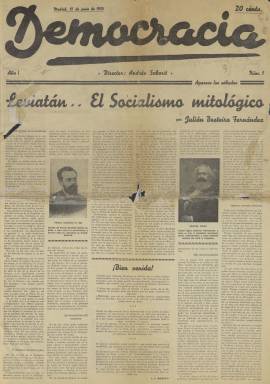
Título: Democracia (Madrid. 1935)
Colección: Periódicos
Ámbito geográfico: Madrid
Lugar de publicación: Madrid
Fechas: 15/06/1935-13/12/1935

Semanario de uno de los tres sectores que ya habían quedado “consolidados” en el seno del Partido Socialista Obrero Español (PSOE) en 1933 (Seoane y Sáiz: 1996). Comienza a publicarse el 15 de junio de 1935, cuando, a casusa de la Revolución de Octubre de 1934, numerosos periódicos habían sido suspendidos por el gobierno radical-cedista presidido por Alejandro Lerroux, en concreto, El Socialista (1886) y, en marzo de ese año 1935, El Pueblo, el diario que lo había sustituido como órgano oficial del partido. Democracia será fundada, editada y dirigida por el diputado socialista Andrés Saborit Colomer (1889-1980), como órgano de la “derecha” del PSOE, “reformista” o “socialdemócrata” –de ahí su título–, liderada por Julián Besteiro Fernández (1870-1940). Frente a esta, el sector de la “izquierda” socialista o “renovadora”, liderada por Francisco Largo Caballero, venía publicando, desde mayo de 1934, la “revista mensual de hechos e ideas” Leviatán, fundada y dirigida por Luis Araquistain (1886-1959), y comenzará a publicar el semanario Claridad un mes después, el 15 de julio de 1935, siendo dirigido por Carlos de Baraibar (1895-1972), y estableciéndose entre las publicaciones de estas dos corrientes socialistas una polémica, que llegará a alcanzar una gran dureza en un momento de “confusión ideológica” (Fernando Ariel del Val: 1978). Ocupando el “centrismo” del partido se encontraba el sector liderado por Indalecio Prieto (1883-1962), propietario y articulista de El Liberal, de Bilbao.

A pesar de que las propias palabras de Saborit señalan que Democracia “no salió para defender a Besteiro –no lo hubiera tolerado él– ni para combatir a ningún hombre del Partido… se publicó para defender al partido y a la Unión General amenazados de absorción por el bolchevismo”, el semanario servirá de “tribuna y de escudo de Besteiro contra las acusaciones de Luis Araquistain” (1886-1959), señalará Ortega y Gasset ( 1971), y se publicó para defender la línea “socialdemócrata” contra la de Largo Caballero (Marta Bizcarrondo: 1974). Precisamente, el artículo con que se estrena Democracia lleva el título Leviatán: el socialismo mitológico, firmado por Besteiro e ilustrado con los retratos de Pablo Iglesias y Carlos Marx, como réplica a la crítica de Araquistain al discurso de ingreso del primero en la Academia de Ciencias Morales y Políticas, del 28 de abril de 1935, que había sido contestado por el académico Niceto Alcalá Zamora, presidente de la República.

Este semanario de Saborit empezó saliendo cada sábado, para después hacerlo los viernes, en entregas de ocho páginas, y, posteriormente, también de cuatro, compuestas a seis columnas, en papel prensa y formato periódico y con un limpio diseño, e ilustrado con fotograbados, entre retratos y algunos otros de denuncia social, además de dibujos, así como humor gráfico, firmado por el exdiputado Antonio Cabrera. Además de artículos de fondo y doctrinales, de carácter político, social, sindical o económico, o referidos a la enseñanza o a la reforma agraria, incluía otros contenidos culturales, sobre literatura o teatro. Estaba visado por la censura, y era impreso por Gráfica Socialista. Democracia apareció cuando el PSOE no disponía de órgano oficial de prensa, sus dirigentes, así como los de la UGT y de las Juventudes Socialistas, tanto nacionales como provinciales, estaban encarcelados, para aprovecharse de la derrota de octubre y aspirar a conquistar las posiciones perdidas en el sindicato y el partido por los seguidores de Besteiro (Rosal Díez: 2005). Y ello en un momento crucial de la política republicana cuando se debatían los planteamientos de coalición o alianzas con otros partidos, como el comunista o los republicanos (Santos Juliá: 2011). Democracia pretendía la vuelta a la “táctica gloriosa y tradicional” del PSOE, enfatizaba su oposición a cualquier tipo de dictadura, y además de publicar traducciones de un clásico socialdemócrata como Karl Kautsky (1854-1938), también reproduce artículos de Prieto e inserta colaboraciones ocasionales y ajenas de Ángel Pestaña, Xanti de Meabe o Fabián Vidal.

Besteiro y Saborit ya habían sido derrotados como presidente y vicepresidente, respectivamente, de la Unión General de Trabajadores (UGT), en enero de 1934. Este último había dirigido el órgano federal de las Juventudes Socialistas, Renovación (1907), Acción socialista (1914) y, entre 1924 y 1931, El Socialista (lo volverá a dirigir entre 1948 y 1950). Democracia ofrece en su primer número la composición de su redacción, en la que José Castro Taboada aparece como subdirector, y Mariano Rojo González, como administrador. En el mismo cuadro aparece un centenar de personas, entre redactores y colaboradores, entre los que se encuentran exdiputados, diputados o concejales de Madrid o de provincias -algunos de ellos fundadores del PSOE-, como Lucio Martínez Gil, Trifón Gómez San José, Manuel Muiño Arroyo, Francisco Núñez Tomás, Fermín Blázquez, José Prat García o Antonio Atienza. Como colaboradores aparecen los nombres de Juan José Morato, Álvaro de Albornoz, Tomás Álvarez Angulo, Eugenio Arauz o Sadi de Buen, encontrándose entre éstos personas ligadas a partidos republicanos de izquierda, como Antonio Zozaya, Augusto Vivero o Antonio Rico. Por su parte, en el sector de Largo Caballero, además de Araquistain, se encontraban Rodolfo LLopis, Julio Álvarez del Vayo, Wenceslao Carrillo, Pascual Tomás, Ángel Galarza, Margarita Nelken, Enrique de Francisco o Carlos Baraibar. Y entre los prietistas, Fernando de los Ríos, Ramón González Peña, Luis Jiménez de Asúa, Manuel Cortero, Juan Simeón Vidarte, Francisco Cruz Salido, Víctor Salazar, Manuel Albar, o Julián Zugazagoitia (director de El Socialista).

Una vez reapareció El Socialista, en diciembre de ese año 1935, el comité nacional de PSOE pedirá la suspensión de Democracia y Claridad. El primero publica su entrega 27 y última, el 13 de diciembre, mientras que Claridad seguirá publicándose, haciéndose “diario de la noche” el seis de abril de 1936, y mostrándose muy crítico principalmente contra Prieto. Por su parte, Saborit seguirá dirigiendo Tiempos nuevos (1934-1936), el quincenario de los concejales socialistas en el Ayuntamiento de Madrid, y editará Los Marxistas, con la colaboración de Mario de Coca.